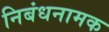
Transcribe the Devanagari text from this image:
निबंधनामक